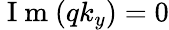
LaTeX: \mathrm{~I~m~}(qk_{y})=0